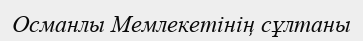
Османлы Мемлекетінің сұлтаны